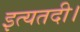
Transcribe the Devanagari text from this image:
इत्यतदी।